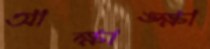
আক্ষাঙ্ক্ষা